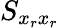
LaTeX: S_{x_{r}x_{r}}